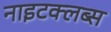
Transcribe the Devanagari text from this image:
नाइटक्लब्स